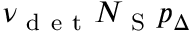
\nu _ { \mathrm { ~ d ~ e ~ t ~ } } N _ { \mathrm { ~ S ~ } } p _ { \Delta }